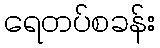
ရေတပ်စခန်း